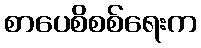
စာပေစိစစ်ရေးက